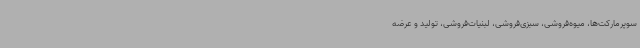
سوپرمارکت‌ها، میوه‌فروشی، سبزی‌فروشی، لبنیات‌فروشی، تولید و عرضه